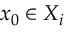
x _ { 0 } \in X _ { i }